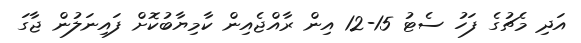
އަދި މެޗުގެ ފަހު ސެޓު 15-12 އިން ރާއްޖެއިން ކާމިޔާބުކޮށް ފައިނަލުން ޖާގަ